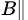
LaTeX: _{B\parallel}